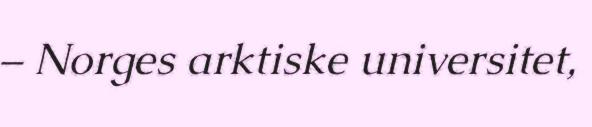
– Norges arktiske universitet,